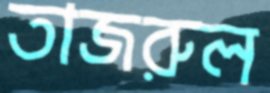
তাজরুল